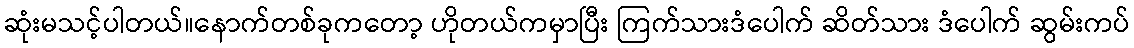
ဆုံးမသင့်ပါတယ်။နောက်တစ်ခုကတော့ ဟိုတယ်ကမှာပြီး ကြက်သားဒံပေါက် ဆိတ်သား ဒံပေါက် ဆွမ်းကပ်